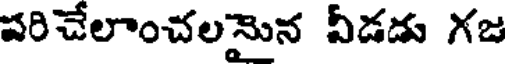
పరిచేలాంచలమైన వీడడు గజ